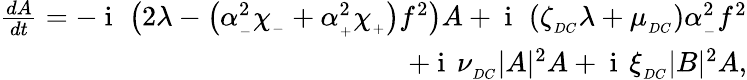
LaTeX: \begin{array}{r}{\frac{dA}{dt}=-\mathrm{~i~}\, \left(2\lambda-\left(\alpha_{_-}^{2}\chi_{_-}+\alpha_{_+}^{2}\chi_{_+}\right)f^{2}\right)A+\mathrm{~i~}\, \left(\zeta_{_{DC}}\lambda+\mu_{_{DC}}\right)\alpha_{_-}^{2}f^{2}}\\ {+\mathrm{~i~}\, \nu_{_{DC}}|A|^{2}A+\mathrm{~i~}\, \xi_{_{DC}}|B|^{2}A,}\end{array}